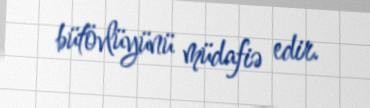
bütövlüyünü müdafiə edir.